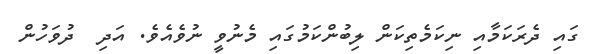
ގައި ދެރަކަމާއި ނިކަމެތިކަން ލިބުންކަމުގައި މެނުވީ ނުވެއެވެ. އަދި  ދުވަހުން